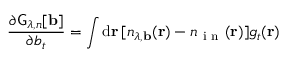
\frac { \partial \mathsf { G } _ { \lambda , n } [ \mathbf { b } ] } { \partial b _ { t } } = \int \mathrm { d } \mathbf { r } \, \lbrack n _ { \lambda , \mathbf { b } } ( \mathbf { r } ) - n _ { \mathrm { ~ i ~ n ~ } } ( \mathbf { r } ) \rbrack g _ { t } ( \mathbf { r } )